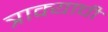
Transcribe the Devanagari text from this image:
त्राक्याची